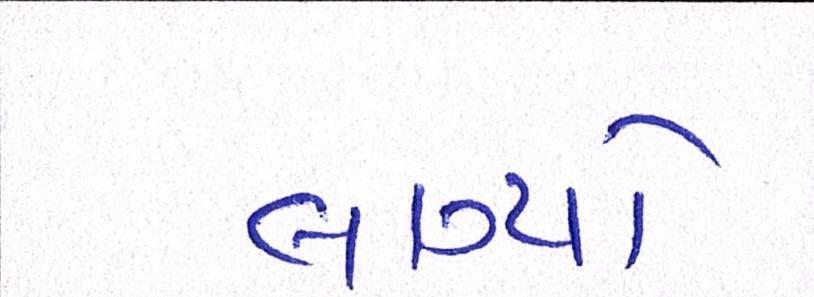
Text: લાગ્યો